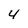
Character: 4